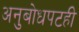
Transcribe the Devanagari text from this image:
अनुबोधपटही